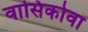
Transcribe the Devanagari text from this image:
वासिकोवा